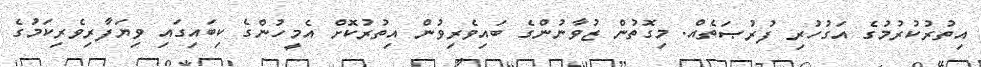
އިތުރުކުރުމުގެ އަގުހުރި ފުރުޞަތެއް. މިގޮތުން ޒުވާނުންގެ ބައިވެރިވުން އިތުރުކޮށް އެމީހުންގެ ކިބައިގައި ވިޔަފާރިވެރިކަމުގެ